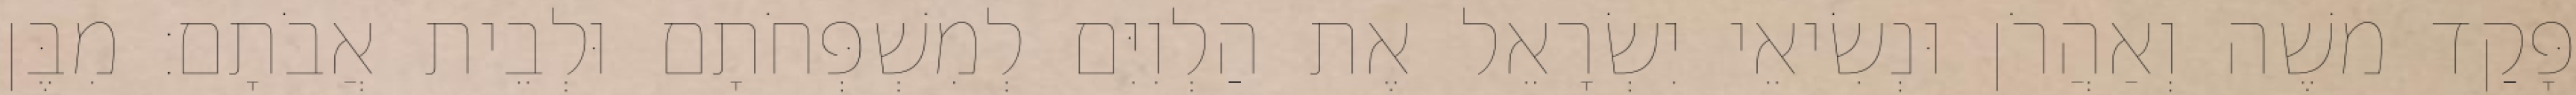
פָּקַד משֶׁה וְאַהֲרֹן וּנְשִׂיאֵי יִשְׂרָאֵל אֶת הַלְוִיִּם לְמִשְׁפְּחֹתָם וּלְבֵית אֲבֹתָם׃ מִבֶּן